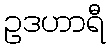
ဥဒဟာရီ